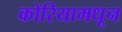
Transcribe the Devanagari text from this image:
कोरियामधून